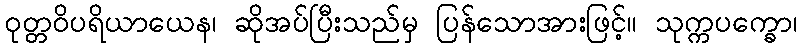
ဝုတ္တဝိပရိယာယေန၊ ဆိုအပ်ပြီးသည်မှ ပြန်သောအားဖြင့်။ သုက္ကပက္ခော၊